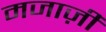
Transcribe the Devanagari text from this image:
मजाज़ी